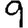
Digit: 9